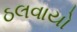
ઠલવાયો